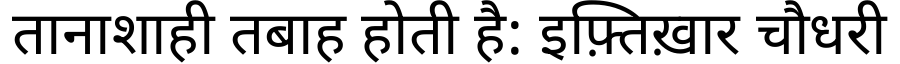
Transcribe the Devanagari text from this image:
तानाशाही तबाह होती है: इफ़्तिख़ार चौधरी